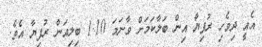
އެއީ ދިވެހި ރުފިޔާ އިން ބަލާކަމަށް ވާނަމަ 1.10 ބިލިއަން ރުފިޔާ އެވެ.